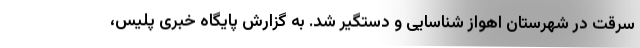
سرقت در شهرستان اهواز شناسایی و دستگیر شد. به گزارش پایگاه خبری پلیس،